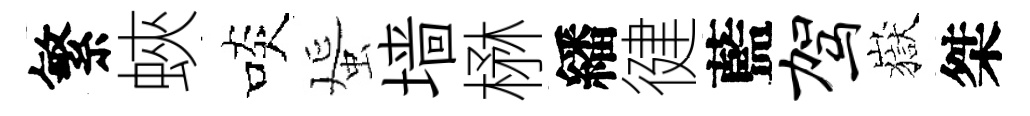
繁蛺啖蜑墙楙繙徤藍驾嶽桀